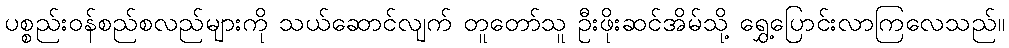
ပစ္စည်းဝန်စည်စလည်များကို သယ်ဆောင်လျက် တူတော်သူ ဦးဖိုးဆင်အိမ်သို့ ရွှေ့ပြောင်းလာကြလေသည်။